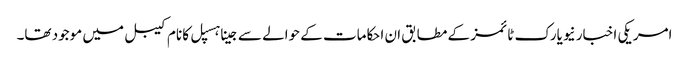
امریکی اخبار نیویارک ٹائمز کے مطابق ان احکامات کے حوالے سےجینا ہسپل کا نام کیبل میں موجود تھا۔